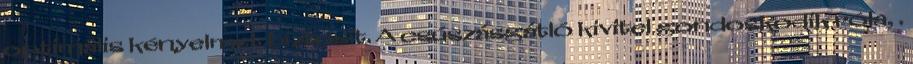
optimális kényelmet biztosít. A csúszásgátló kivitel gondoskodik róla, .